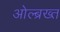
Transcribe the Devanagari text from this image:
ओल्ब्रख्त